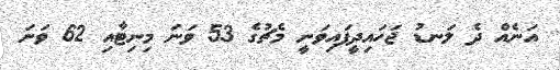
އަނެއް ދެ ލަނޑު ޖަހައިދީފައިވަނީ މެޗުގެ 53 ވަނަ މިނިޓާއި 62 ވަނަ